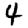
Digit: 4